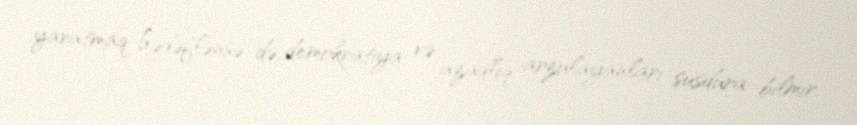
yaratmaq hədəflənsə də, demokratiya və azadlıq arzulayanları susdura bilmir.